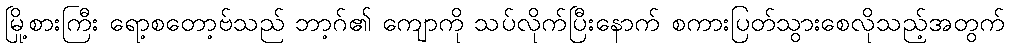
မြို့စားကြီး ရော့စတော့ဗ်သည် ဘာ့ဂ်၏ ကျောကို သပ်လိုက်ပြီးနောက် စကားပြတ်သွားစေလိုသည့်အတွက်